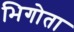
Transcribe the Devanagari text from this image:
भिगोता